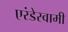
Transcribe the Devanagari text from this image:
एरंडेस्वामी